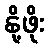
နို့ဖိုး